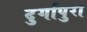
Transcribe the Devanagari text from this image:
दुर्गापुरा